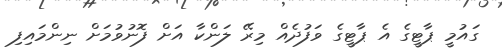
ގައުމީ ޕާޓީގެ އެ ޕާޓީގެ ވަފުދެއް މިރޭ ލަންކާ އަށް ފޮނުވުމަށް ނިންމައިފި